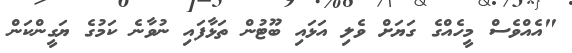
"އެއްވެސް މީހެއްގެ ގަޔަށް ވެލި އަޅައި ބޫޓުން ތަޅާފައި ނުވާނެ ކަމުގެ ޔަގީންކަން